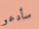
سأدعو